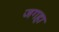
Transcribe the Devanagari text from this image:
जगहा